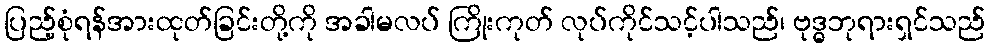
ပြည့်စုံရန်အားထုတ်ခြင်းတို့ကို အခါမလပ် ကြိုးကုတ် လုပ်ကိုင်သင့်ပါသည်၊ ဗုဒ္ဓဘုရားရှင်သည်